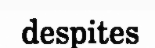
despites